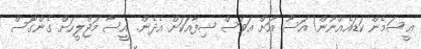
ޢީސަމެން ކަޑައެއްނޫން! އަސޫ އަށް އަވަސް ޝިފާއަކަށް އެދެން. އީސާ މަޖްލީހަށް ގެންގޮސް